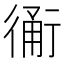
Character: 𧗴